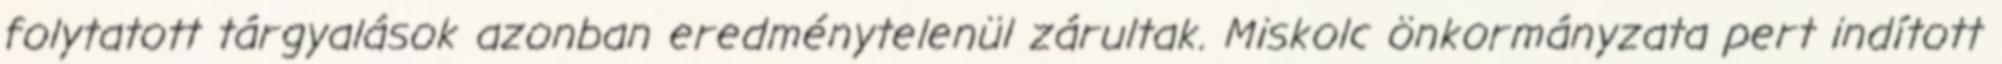
folytatott tárgyalások azonban eredménytelenül zárultak. Miskolc önkormányzata pert indított